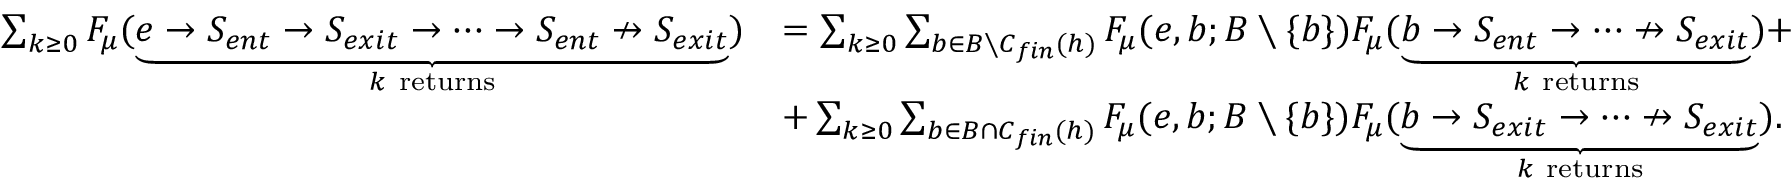
\begin{array} { r l } { \sum _ { k \ge 0 } F _ { \mu } ( \underbrace { e \rightarrow S _ { e n t } \rightarrow S _ { e x i t } \rightarrow \dots \rightarrow S _ { e n t } \nrightarrow S _ { e x i t } } _ { k \mathrm { ~ r e t u r n s } } ) } & { = \sum _ { k \ge 0 } \sum _ { b \in B \setminus C _ { f i n } ( h ) } F _ { \mu } ( e , b ; B \setminus \{ b \} ) F _ { \mu } ( \underbrace { b \rightarrow S _ { e n t } \rightarrow \dots \nrightarrow S _ { e x i t } } _ { k \mathrm { ~ r e t u r n s } } ) + } \\ & { + \sum _ { k \ge 0 } \sum _ { b \in B \cap C _ { f i n } ( h ) } F _ { \mu } ( e , b ; B \setminus \{ b \} ) F _ { \mu } ( \underbrace { b \rightarrow S _ { e x i t } \rightarrow \dots \nrightarrow S _ { e x i t } } _ { k \mathrm { ~ r e t u r n s } } ) . } \end{array}